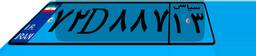
۷۲D۸۸۷۱۳